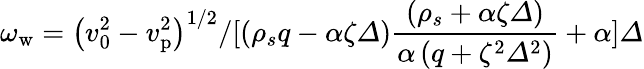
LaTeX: \omega_{\mathrm{w}}={\left(v_{0}^{2}-v_{\mathrm{p}}^{2}\right)^{1/2}/{[\left(\rho_{s}q-\alpha\zeta\varDelta\right)\frac{\left(\rho_{s}+\alpha\zeta\varDelta\right)}{\alpha\left(q+\zeta^{2}\varDelta^{2}\right)}+\alpha]\varDelta}}